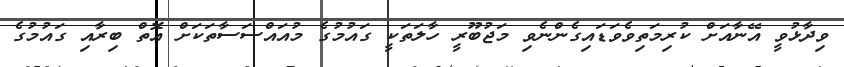
ވިދާޅުވީ އޭނާއަށް ކުރިމަތިވެވަޑައިގެންނެވި މަޖުބޫރީ ހާލަތަކީ ގައުމުގެ މުއައްސަސާތަކަށް އޮތް ބިރާއި ގައުމުގެ